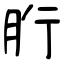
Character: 胻